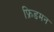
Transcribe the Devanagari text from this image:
फ्रिडमन